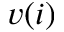
v ( i )